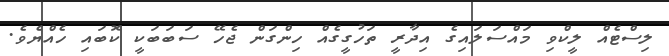
ލިސްޓެއް ލީކްވި މައްސަލައިގެ އިދާރީ ތަހުގީގެއް ހިންގަން ޖެހޭ ސަބަބަކީ ކޮބައި ހެއްޔެވެ.